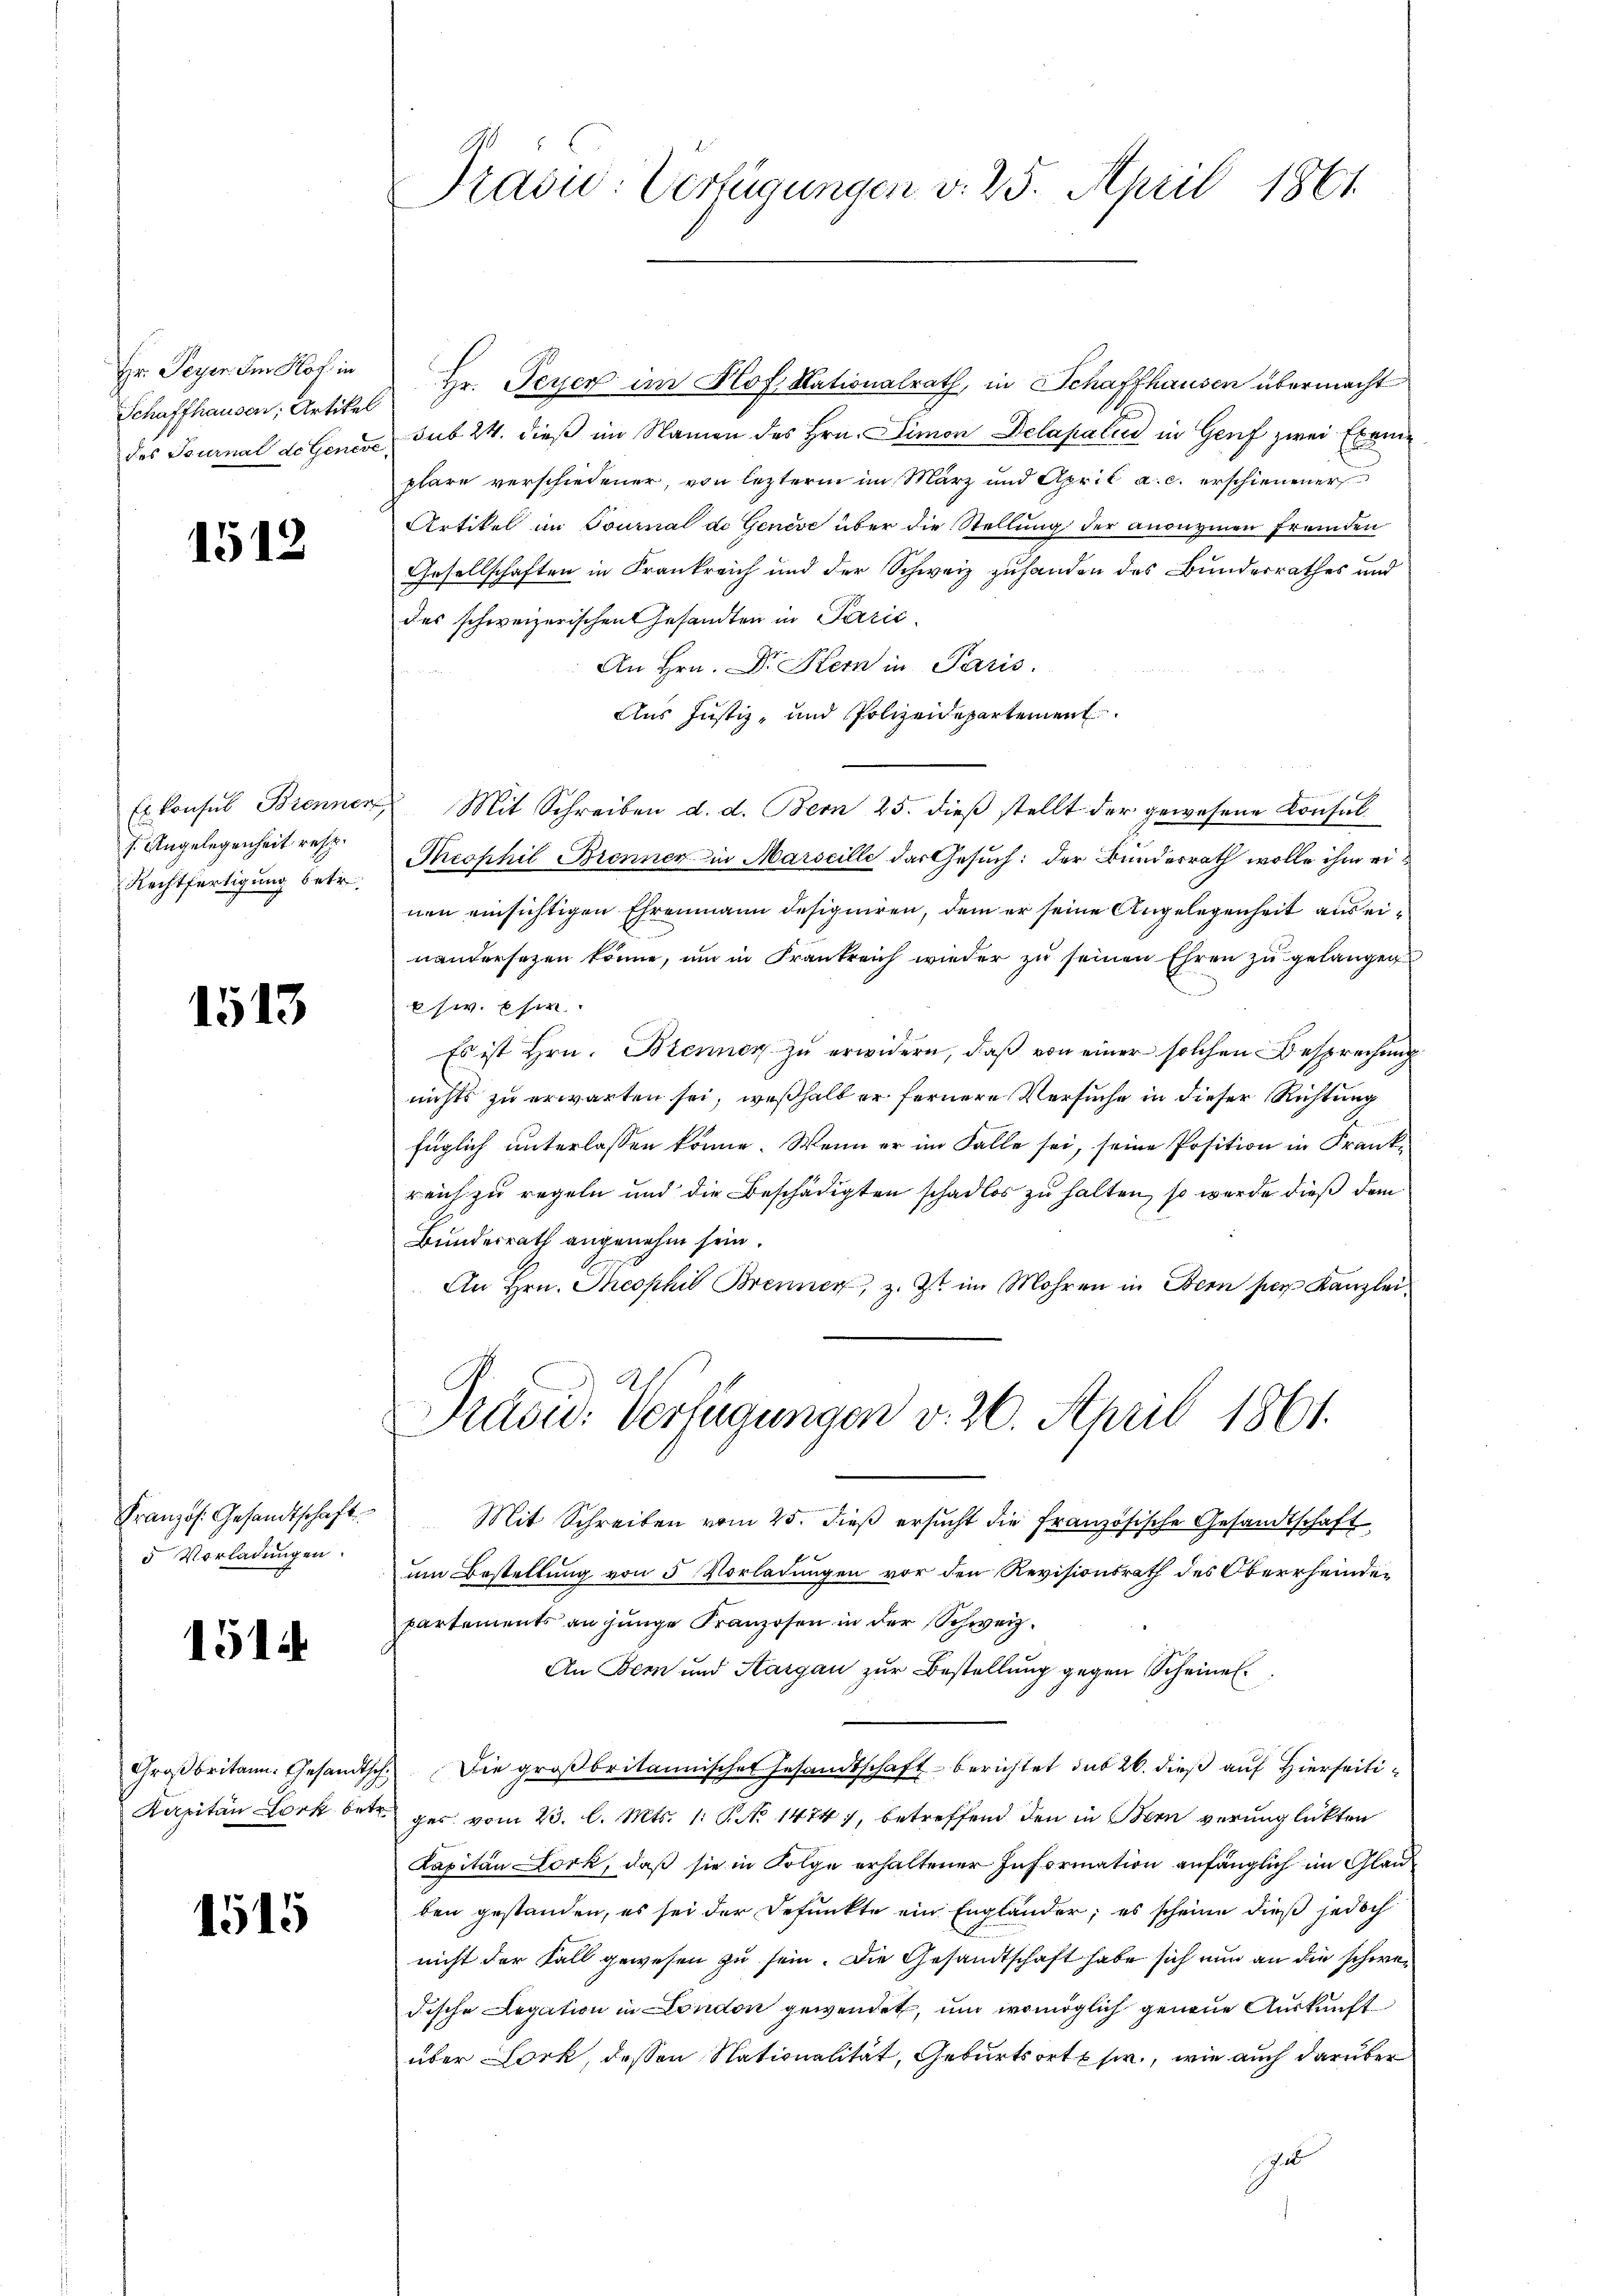
Hr. Peyer Im Hof in
Schaffhausen, Artikel

1512

s. Angelegenheit resp.
Rechtfertigung betr.

1513

Kranzös. Gesandtschaft
5 Vorladungen.

1514

1515

Prašić: Verfügungen v. 25. April 1861

Hr. Peyer im Hof Nationalrath, in Schaffhausen übermacht
des Journal de Genere sub 24. dieß im Namen des Hrn. Simon Delapalin in Genf zwei Exemplare verschiedener, von lezterm im März und April a. c. erschienener
Artikel im Tournal de Geneve über die Stellung der anonyinen Fremden
Gesellschaften in Frankreich und der Schweiz zuhanden des Bundesrathes und
des schweizerischen Gesandten in Parić
An Hrn. Dr. Stern in Paris.
Aus Justiz- und Polizeidepartement
Es konsul Brenner Mit Schreiben d. d. Bern 25. dieβ stellt der gewesene Konsul
Theophil Brenner in Marseille das Gesuch: der Bundesrath wolle ihm einen einsichtigen Ehrenmann designiren, dem er seine Angelegenheit aus einandersezen könne, um in Frankreich wieder zu seinen Ehren zu gelangen
sw. Es
Es ist Hrn. Brenner zu erwidern, daß von einer solchen Besprechung
nichts zu erwarten sei, weßhalb er fernere Versuche in dieser Richtung
füglich unterlassen könne. Wenn er im Falle sei, seine Position in Frankreich zu regeln und die Beschädigten schadlos zu halten, so wurde dieß dem
Bundesrath angenehm sein.
An Hrn. Theophis Brenner, z. Zt. im Mohren in Bern per Kanzlei
Präsid. Verfügungen v. 26. April 1861.
Mit Schreiben vom 25. dieß ersucht die Französische Gesandtschaft
um Bestellung von 5 Vorladungen vor den Revisionsrath des Oberrheinden
partements an junge Franzosen in der Schweiz.
An Bern und Aargau zur Bestellung gegen Scheiner
Großbritann. Gesandtsch. Die groβbritannisches Gesandtschaft berichtet sub 20. dieß auf Hierseiti
Kapitän Lork betr. ges. vom 23. l. Mts. 1. P. No 1474), betreffend den in Bern verunglückten
Kapitän Lork, daß sie in Folge erhaltener Information anfänglich im Glauben gestanden, es sei der Defunkte ein Engländer; es scheine dieß jedoch
nicht der Fall gewesen zu sein. Die Gesandtschaft habe sich nun an die schwer
dische Legation in London gewendet, und womöglich genaue Auskunft
über Bork, dessen Nationalität, Geburtsorte sie, wie auch darüber
J